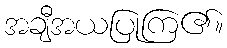
အချီအယပြုကြ၏။